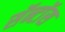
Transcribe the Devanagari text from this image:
सॅन्टाॅस